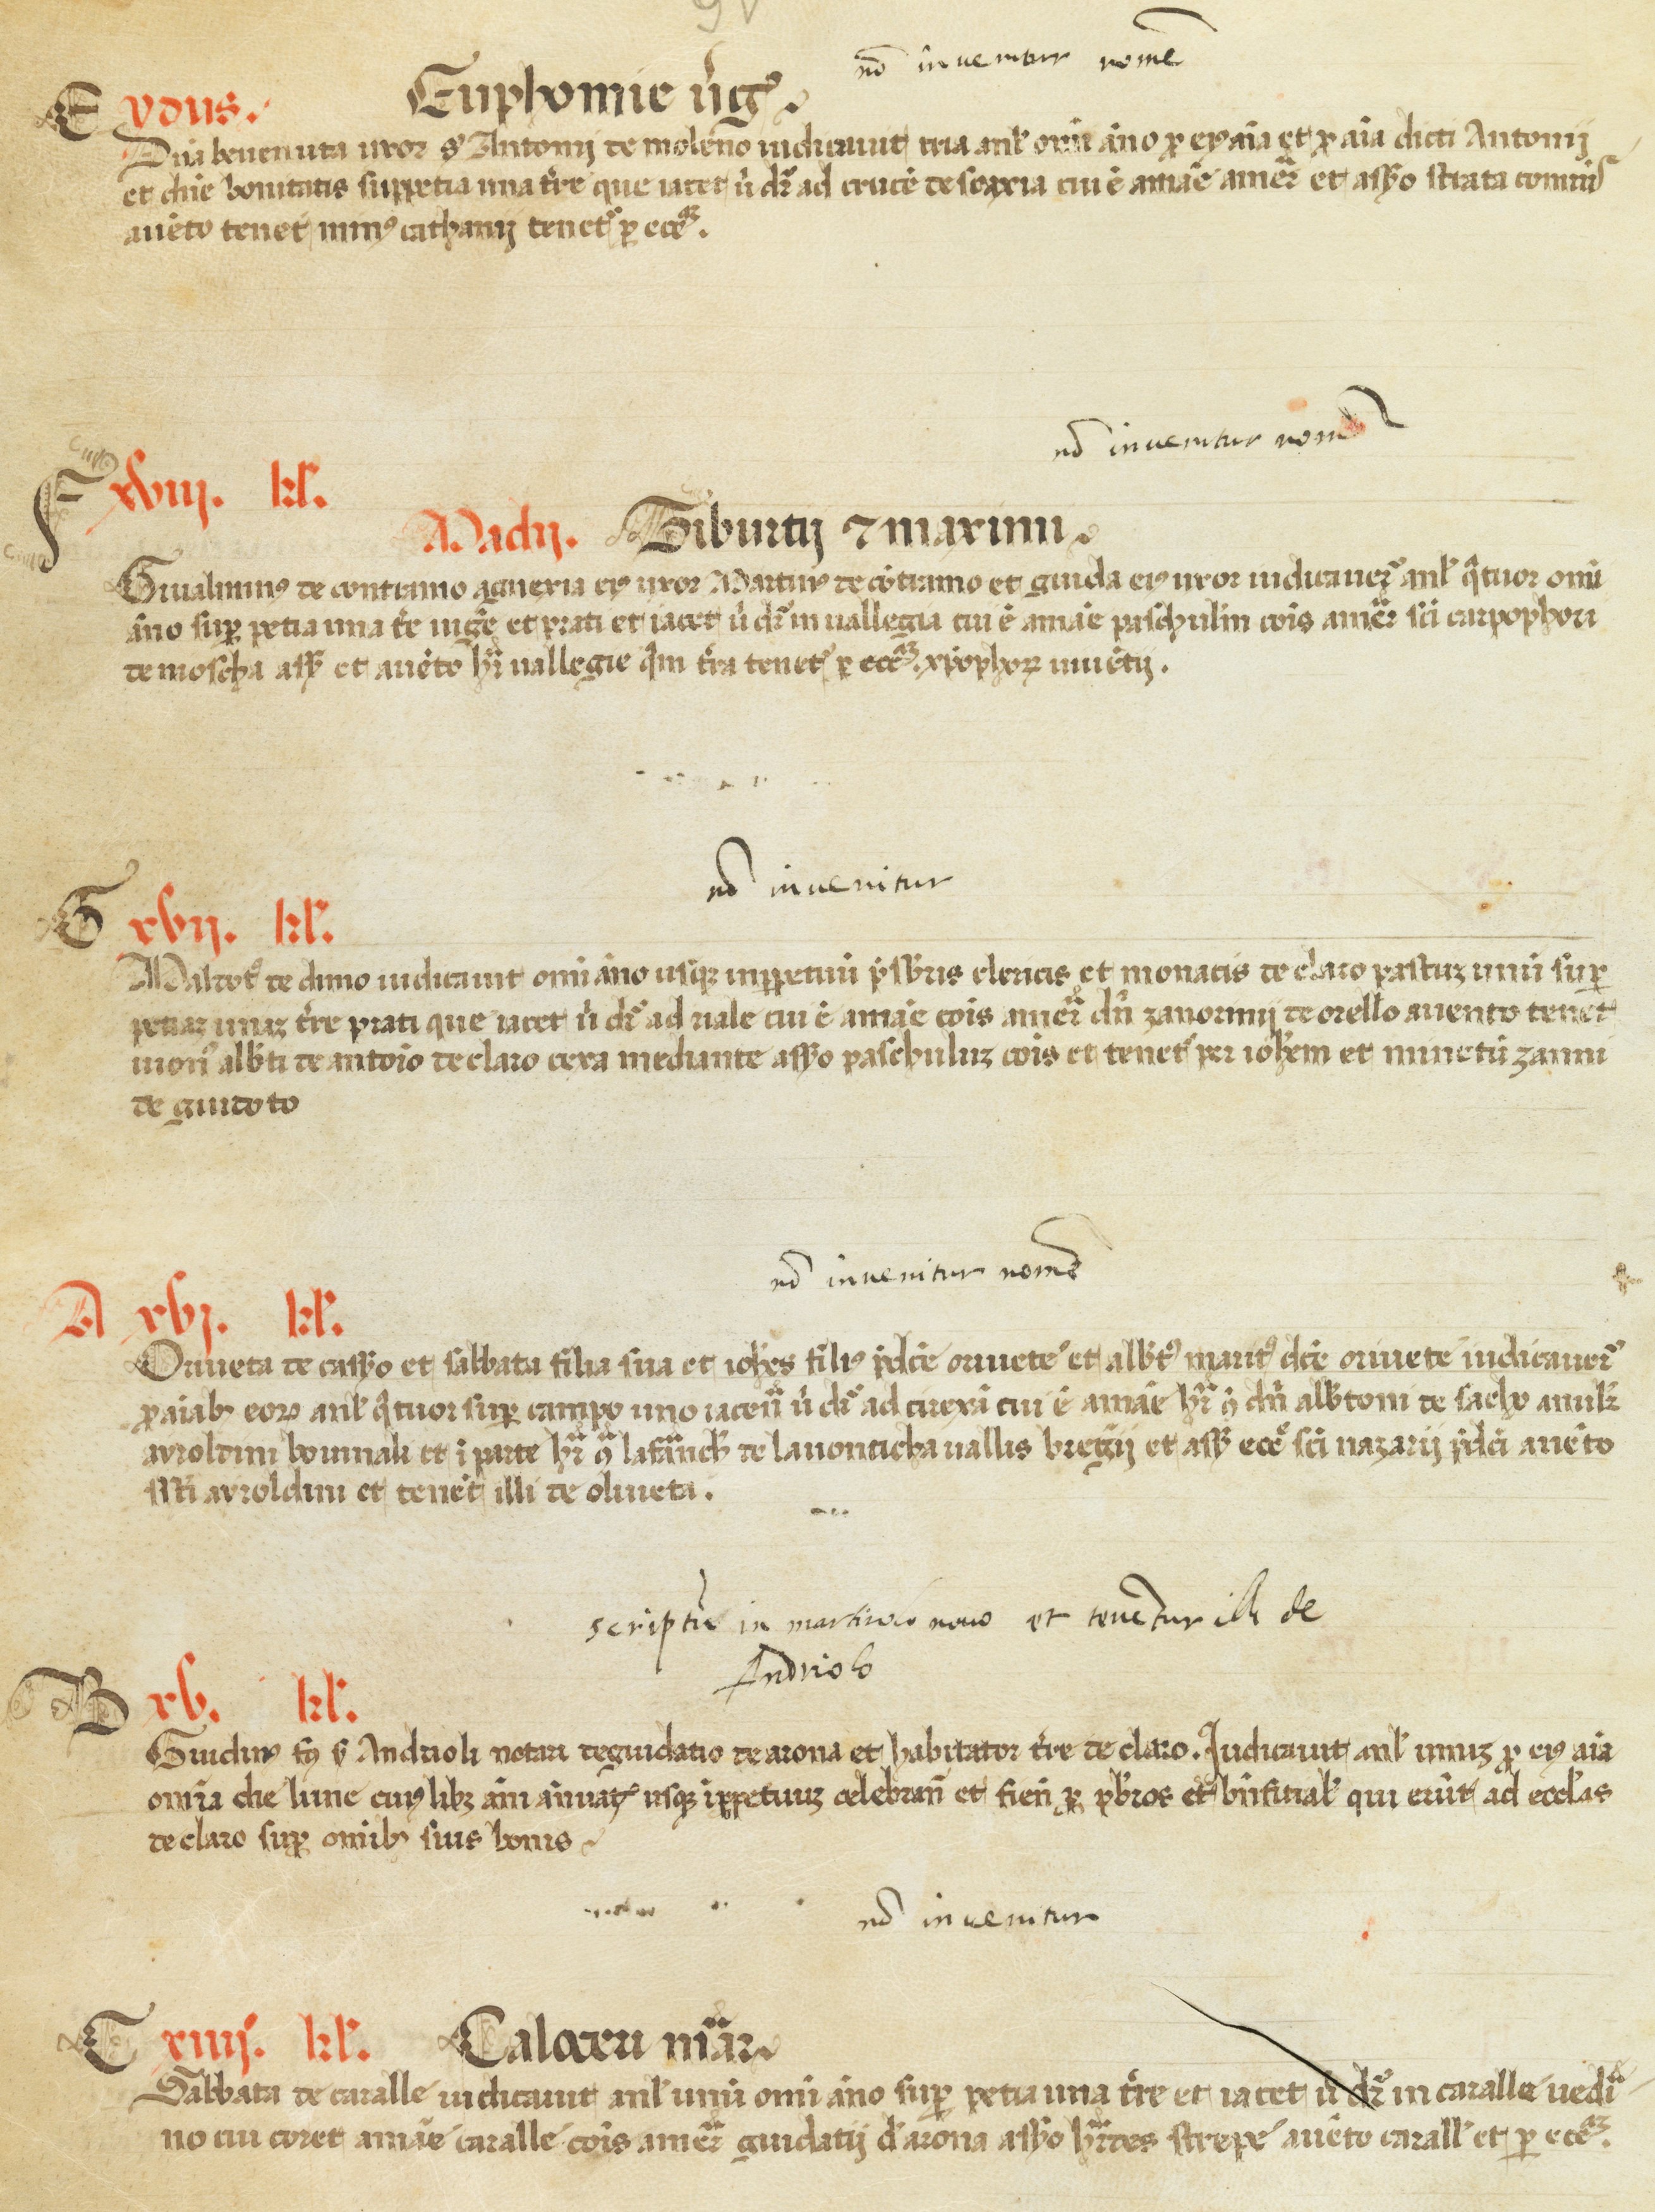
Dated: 1450–1499